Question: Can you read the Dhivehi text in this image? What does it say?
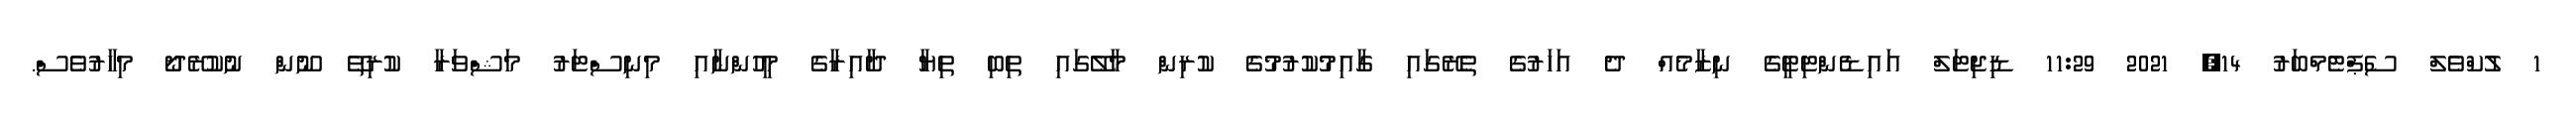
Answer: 1 ލުކްވެލް ސެޕްޓެމްބަރު 14, 2021 11:29 ޑިޖިޓަލް އައިޑެންޓިޓީގެ ނިޒާމެއް ދެ އަހަރުގެ ތެރޭގައި ގާއިމުކުރުމުގެ ކުރިން މާލޭގައި ތިބި ތިޔާ ދާއިރާގެ މީހުންނާއި މިނިސްޓަރު މަޝްވަރާ ކުރިތޭ ނޫން ނުކުރޭދޯ މިހާރުވެސް.